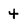
Character: 4